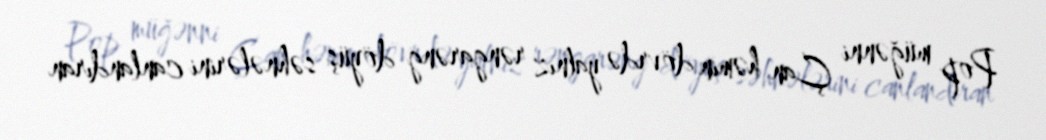
Pop müğənni Çan həmin dövrdə yalnız rəngarəng döyüş səhnələrini canlandıran